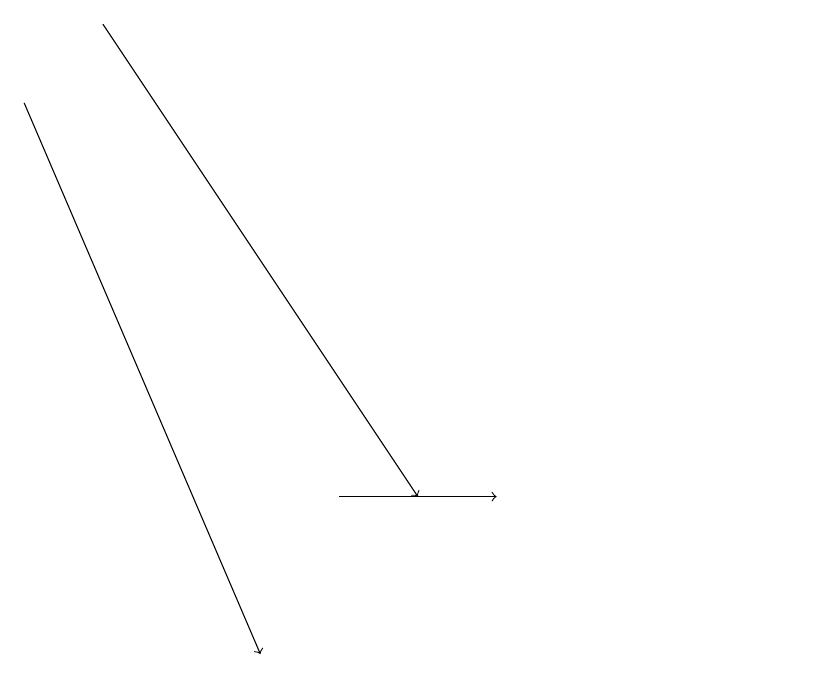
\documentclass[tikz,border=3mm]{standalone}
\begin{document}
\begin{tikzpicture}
\draw[->] (1,18) -- (5,12);
\draw[->] (0,17) -- (3,10);
\draw (10,12) circle (0);
\draw[->] (4,12) -- (6,12);
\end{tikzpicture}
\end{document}